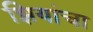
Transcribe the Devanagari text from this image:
झियांचा